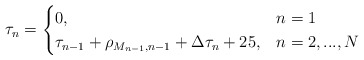
\begin{align*}&\tau_n =\begin{cases} 0, &n = 1\\ \tau_{n-1}+\rho_{M_{n-1},n-1}+\Delta \tau_n+ 25, &n = 2, ..., N \end{cases}\end{align*}